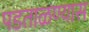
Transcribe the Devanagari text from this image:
पडताळण्यास